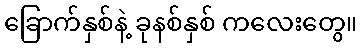
ခြောက်နှစ်နဲ့ ခုနစ်နှစ် ကလေးတွေ။